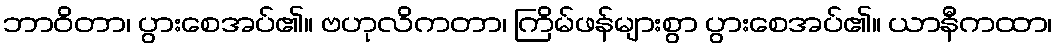
ဘာဝိတာ၊ ပွားစေအပ်၏။ ဗဟုလိကတာ၊ ကြိမ်ဖန်များစွာ ပွားစေအပ်၏။ ယာနီကထာ၊